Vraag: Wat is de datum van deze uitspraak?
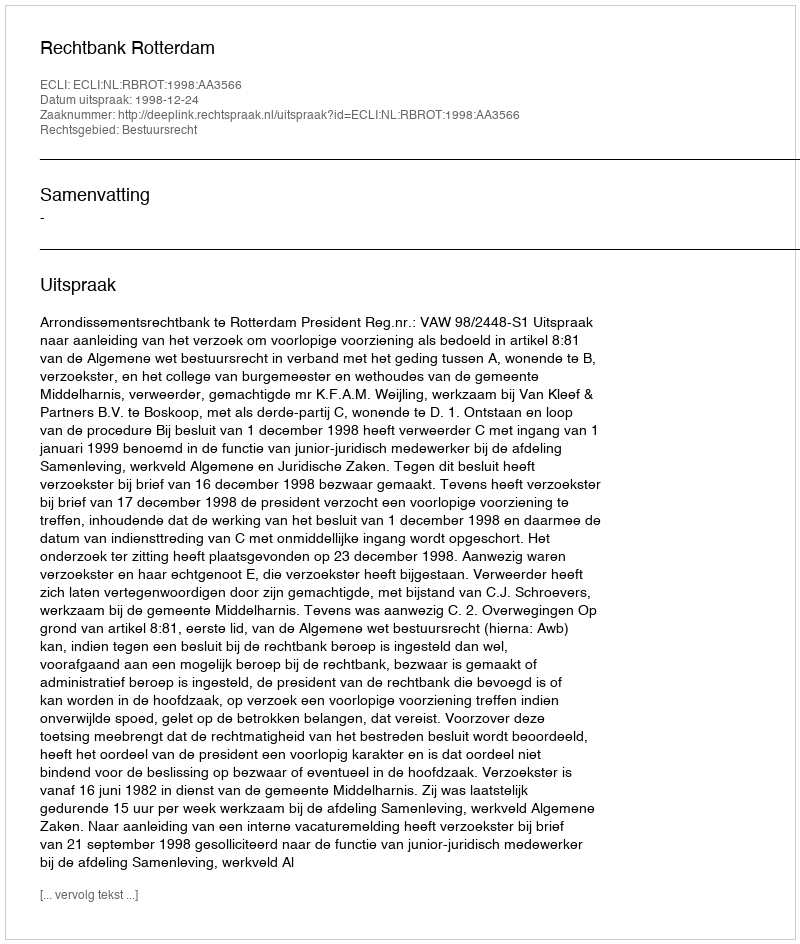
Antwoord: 1998-12-24